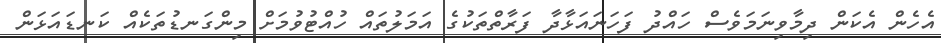
އެހެން އެކަން ދިމާވިނަމަވެސް ހައްދު ފަހަނައަޅާދާ ފަރާތްތަކުގެ އަމަލުތައް ހުއްޓުވުމަށް މިންގަނޑުތަކެއް ކަނޑައަޅަން